Report on vaccination in the Province of Bengal - 1874-1889
Year: 1874
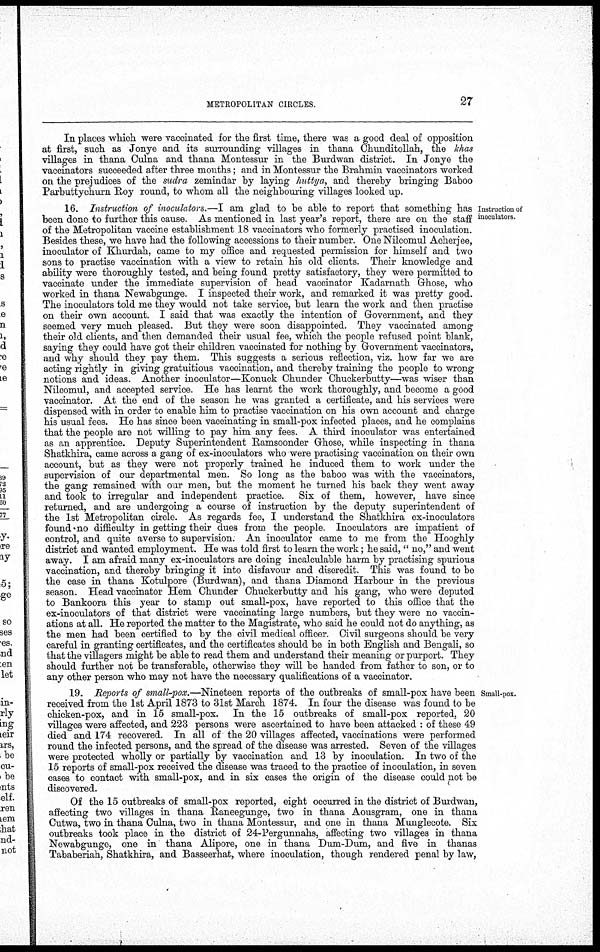
METROPOLITAN CIRCLES.
27
In places which were vaccinated for the first time, there was a good deal of opposition
at first, such as Jonye and its surrounding villages in thana Chunditollah, the khas
villages in thana Culna and thana Montessur in the Burdwan district. In Jonye the
vaccinators succeeded after three months; and in Montessur the Brahmin vaccinators worked
on the prejudices of the sudra zemindar by laying huttya, and thereby bringing Baboo
Parbuttychurn Roy round, to whom all the neighbouring villages looked up.
Instruction of
inoculators.
16. Instruction of inoculators.—I am glad to be able to report that something has
been done to further this cause. As mentioned in last year's report, there are on the staff
of the Metropolitan vaccine establishment 18 vaccinators who formerly practised inoculation.
Besides these, we have had the following accessions to their number. One Nilcomul Acherjee,
inoculator of Khurdah, came to my office and requested permission for himself and two
sons to practise vaccination with a view to retain his old clients. Their knowledge and
ability were thoroughly tested, and being found pretty satisfactory, they were permitted to
vaccinate under the immediate supervision of head vaccinator Kadarnath Ghose, who
worked in thana Newabgunge. I inspected their work, and remarked it was pretty good.
The inoculators told me they would not take service, but learn the work and then practise
on their own account. I said that was exactly the intention of Govemment, and they
seemed very much pleased. But they were soon disappointed. They vaccinated among
their old clients, and then demanded their usual fee, which the people refused point blank,
saying they could have got their children vaccinated for nothing by Govemment vaccinators,
and why should they pay them. This suggests a serious reflection, viz. how far we are
acting rightly in giving gratuitious vaccination, and thereby training the people to wrong
notions and ideas. Another inoculator—Konuck Chunder Chuckerbutty—was wiser than
Nilcomul, and accepted service. He has learnt the work thoroughly, and become a good
vaccinator. At the end of the season he was granted a certificate, and his services were
dispensed with in order to enable him to practise vaccination on his own account and charge
his usual fees. He has since been vaccinating in small-pox infected places, and he complains
that the people are not willing to pay him any fees. A third inoculator was entertained
as an apprentice. Deputy Superintendent Ramsoonder Ghose, while inspecting in thana
Shatkhira, came across a gang of ex-inoculators who were practising vaccination on their own
account, but as they were not properly trained he induced them to work under the
supervision of our departmental men. So long as the baboo was with the vaccinators,
the gang remained with our men, but the moment he turned his back they went away
and took to irregular and independent practice. Six of them, however, have since
returned, and are undergoing a course of instruction by the deputy superintendent of
the 1st Metropolitan circle. As regards fee, I understand the Shatkhira ex-inoculators
found no difficulty in getting their dues from the people. Inoculators are impatient of
control, and quite averse to supervision. An inoculator came to me from the Hooghly
district and wanted employment. He was told first to learn the work; he said, " no," and went
away. I am afraid many ex-inoculators are doing incalculable harm by practising spurious
vaccination, and thereby bringing it into disfavour and discredit. This was found to be
the case in thana Kotulpore (Burdwan), and thana Diamond Harbour in the previous
season. Head vaccinator Hem Chunder Chuckerbutty and his gang, who were deputed
to Bankoora this year to stamp out small-pox, have reported to this office that the
ex-inoculators of that district were vaccinating large numbers, but they were no vaccin-
ations at all. He reported the matter to the Magistrate, who said he could not do anything, as
the men had been certified to by the civil medical officer. Civil surgeons should be very
careful in granting certificates, and the certificates should be in both English and Bengali, so
that the villagers might be able to read them and understand their meaning or purport. They
should further not be transferable, otherwise they will be handed from father to son, or to
any other person who may not have the necessary qualifications of a vaccinator.
Small-pox.
19. Reports of small-pox.—Nineteen reports of the outbreaks of small-pox have been
received from the 1st April 1873 to 31st March 1874. In four the disease was found to be
chicken-pox, and in 15 small-pox. In the 15 outbreaks of small-pox reported, 20
villages were affected, and 223 persons were ascertained to have been attacked : of these 49
died and 174 recovered. In all of the 20 villages affected, vaccinations were performed
round the infected persons, and the spread of the disease was arrested. Seven of the villages
were protected wholly or partially by vaccination and 13 by inoculation. In two of the
15 reports of small-pox received the disease was traced to the practice of inoculation, in seven
cases to contact with small-pox, and in six cases the origin of the disease could not be
discovered.
Of the 15 outbreaks of small-pox reported, eight occurred in the district of Burdwan,
affecting two villages in thana Raneegunge, two in thana Aousgram, one in thana
Cutwa, two in thana Culna, two in thana Montessur, and one in thana Munglecote. Six
outbreaks took place in the district of 24-Pergunnahs, affecting two villages in thana
Newabgunge, one in thana Alipore, one in thana Dum-Dum, and five in thanas
Tababeriah, Shatkhira, and Basseerhat, where inoculation, though rendered penal by law,